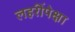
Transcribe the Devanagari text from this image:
लहरींपेक्षा